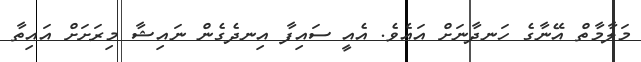
މަލާމާތް އޭނާގެ ހަނދާނަށް އައެވެ. އެއީ ސައިފާ އިނދެގެން ނައިޝާ މިރަށަށް އައިތާ